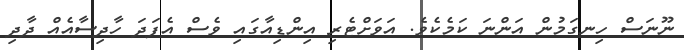
ނޫނަސް ހިނގަމުން އަންނަ ކަމެކެވެ. އަވަށްޓެރި އިންޑިއާގައި ވެސް އެފަދަ ހާދިސާއެއް ދާދި